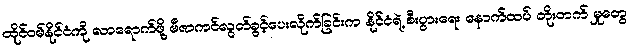
ထိုင်ဝမ်နိုင်ငံကို လာရောက်ဖို့ ဗီဇာကင်လွတ်ခွင့်ပေးလိုက်ခြင်းက နိုင်ငံရဲ့ စီးပွားရေး နောက်ထပ် တိုးတက် မှုတွေ